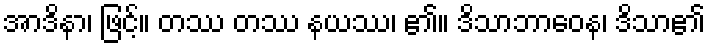
အာဒိနာ၊ ဖြင့်။ တဿ တဿ နယဿ၊ ၏။ ဒိသာဘာဝေန၊ ဒိသာ၏